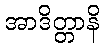
အာဒိတ္တာနိ